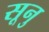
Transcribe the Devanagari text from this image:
सूनु